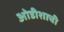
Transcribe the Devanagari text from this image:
ओडीशाची